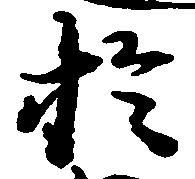
於